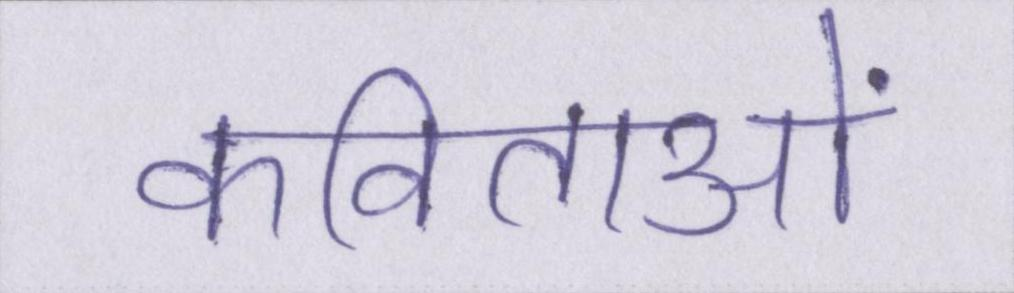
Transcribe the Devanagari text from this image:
कविताओं